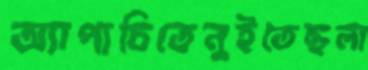
অ্যাপাচিতেনুইতেছলা